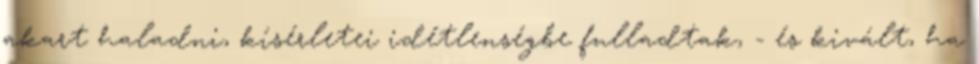
akart haladni, kísérletei idétlenségbe fulladtak, - és kivált, ha